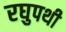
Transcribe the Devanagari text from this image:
रघुपथी